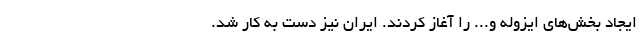
ایجاد بخش‌های ایزوله و... را آغاز کردند. ایران نیز دست به کار شد.